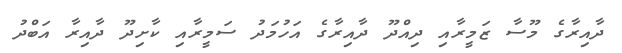
ދާއިރާގެ މޫސާ ޒަމީރާއި ދިއްދޫ ދާއިރާގެ އަހުމަދު ސަމީރާއި ކާށިދޫ ދާއިރާ އަބްދު